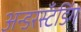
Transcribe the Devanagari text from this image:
अन्डरस्टँडिंग